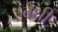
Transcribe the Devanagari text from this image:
बैधी